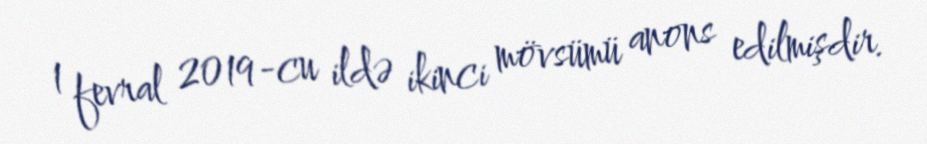
1 fevral 2019-cu ildə ikinci mövsümü anons edilmişdir.